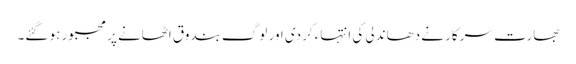
بھارت سرکار نے دھاندلی کی انتہاء کردی اور لوگ بندوق اٹھانے پر مجبور ہو گئے۔